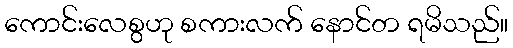
ကောင်းလေစွဟု စကားလက် နောင်တ ရမိသည်။